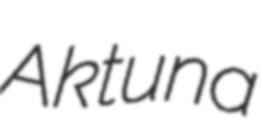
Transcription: Aktuna